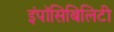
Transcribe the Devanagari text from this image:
इंपॉसिबिलिटी